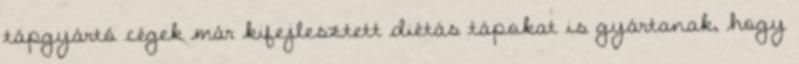
tápgyártó cégek már kifejlesztett diétás tápokat is gyártanak, hogy